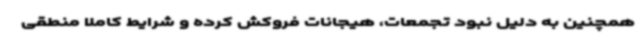
همچنین به دلیل نبود تجمعات، هیجانات فروکش کرده و شرایط کاملا منطقی